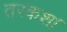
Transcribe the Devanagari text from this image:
तरकश।